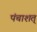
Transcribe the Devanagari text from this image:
पंचाशत्